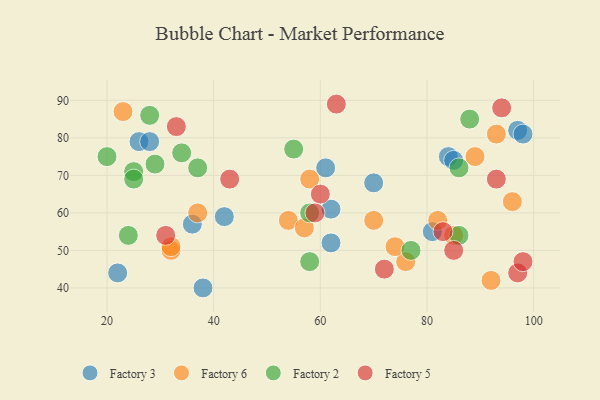
{"axis": {"x": "GDP", "y": "Life Expectancy"}, "legend": ["Factory 2", "Factory 3", "Factory 5", "Factory 6"], "data": [{"x": "36", "y": 57, "type": "Factory 3"}, {"x": "62", "y": 61, "type": "Factory 3"}, {"x": "62", "y": 52, "type": "Factory 3"}, {"x": "26", "y": 79, "type": "Factory 3"}, {"x": "84", "y": 75, "type": "Factory 3"}, {"x": "81", "y": 55, "type": "Factory 3"}, {"x": "42", "y": 59, "type": "Factory 3"}, {"x": "28", "y": 79, "type": "Factory 3"}, {"x": "22", "y": 44, "type": "Factory 3"}, {"x": "85", "y": 74, "type": "Factory 3"}, {"x": "70", "y": 68, "type": "Factory 3"}, {"x": "38", "y": 40, "type": "Factory 3"}, {"x": "97", "y": 82, "type": "Factory 3"}, {"x": "61", "y": 72, "type": "Factory 3"}, {"x": "98", "y": 81, "type": "Factory 3"}, {"x": "92", "y": 42, "type": "Factory 6"}, {"x": "76", "y": 47, "type": "Factory 6"}, {"x": "74", "y": 51, "type": "Factory 6"}, {"x": "23", "y": 87, "type": "Factory 6"}, {"x": "37", "y": 60, "type": "Factory 6"}, {"x": "96", "y": 63, "type": "Factory 6"}, {"x": "58", "y": 69, "type": "Factory 6"}, {"x": "89", "y": 75, "type": "Factory 6"}, {"x": "82", "y": 58, "type": "Factory 6"}, {"x": "54", "y": 58, "type": "Factory 6"}, {"x": "32", "y": 50, "type": "Factory 6"}, {"x": "57", "y": 56, "type": "Factory 6"}, {"x": "32", "y": 51, "type": "Factory 6"}, {"x": "93", "y": 81, "type": "Factory 6"}, {"x": "70", "y": 58, "type": "Factory 6"}, {"x": "85", "y": 54, "type": "Factory 6"}, {"x": "55", "y": 77, "type": "Factory 2"}, {"x": "20", "y": 75, "type": "Factory 2"}, {"x": "88", "y": 85, "type": "Factory 2"}, {"x": "58", "y": 47, "type": "Factory 2"}, {"x": "86", "y": 72, "type": "Factory 2"}, {"x": "28", "y": 86, "type": "Factory 2"}, {"x": "29", "y": 73, "type": "Factory 2"}, {"x": "25", "y": 71, "type": "Factory 2"}, {"x": "24", "y": 54, "type": "Factory 2"}, {"x": "58", "y": 60, "type": "Factory 2"}, {"x": "86", "y": 54, "type": "Factory 2"}, {"x": "77", "y": 50, "type": "Factory 2"}, {"x": "34", "y": 76, "type": "Factory 2"}, {"x": "37", "y": 72, "type": "Factory 2"}, {"x": "25", "y": 69, "type": "Factory 2"}, {"x": "60", "y": 65, "type": "Factory 5"}, {"x": "63", "y": 89, "type": "Factory 5"}, {"x": "94", "y": 88, "type": "Factory 5"}, {"x": "97", "y": 44, "type": "Factory 5"}, {"x": "85", "y": 50, "type": "Factory 5"}, {"x": "31", "y": 54, "type": "Factory 5"}, {"x": "33", "y": 83, "type": "Factory 5"}, {"x": "43", "y": 69, "type": "Factory 5"}, {"x": "98", "y": 47, "type": "Factory 5"}, {"x": "93", "y": 69, "type": "Factory 5"}, {"x": "59", "y": 60, "type": "Factory 5"}, {"x": "83", "y": 55, "type": "Factory 5"}, {"x": "72", "y": 45, "type": "Factory 5"}]}